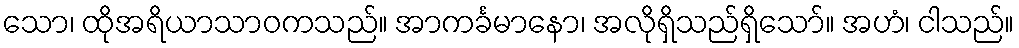
သော၊ ထိုအရိယာသာဝကသည်။ အာကင်္ခမာနော၊ အလိုရှိသည်ရှိသော်။ အဟံ၊ ငါသည်။